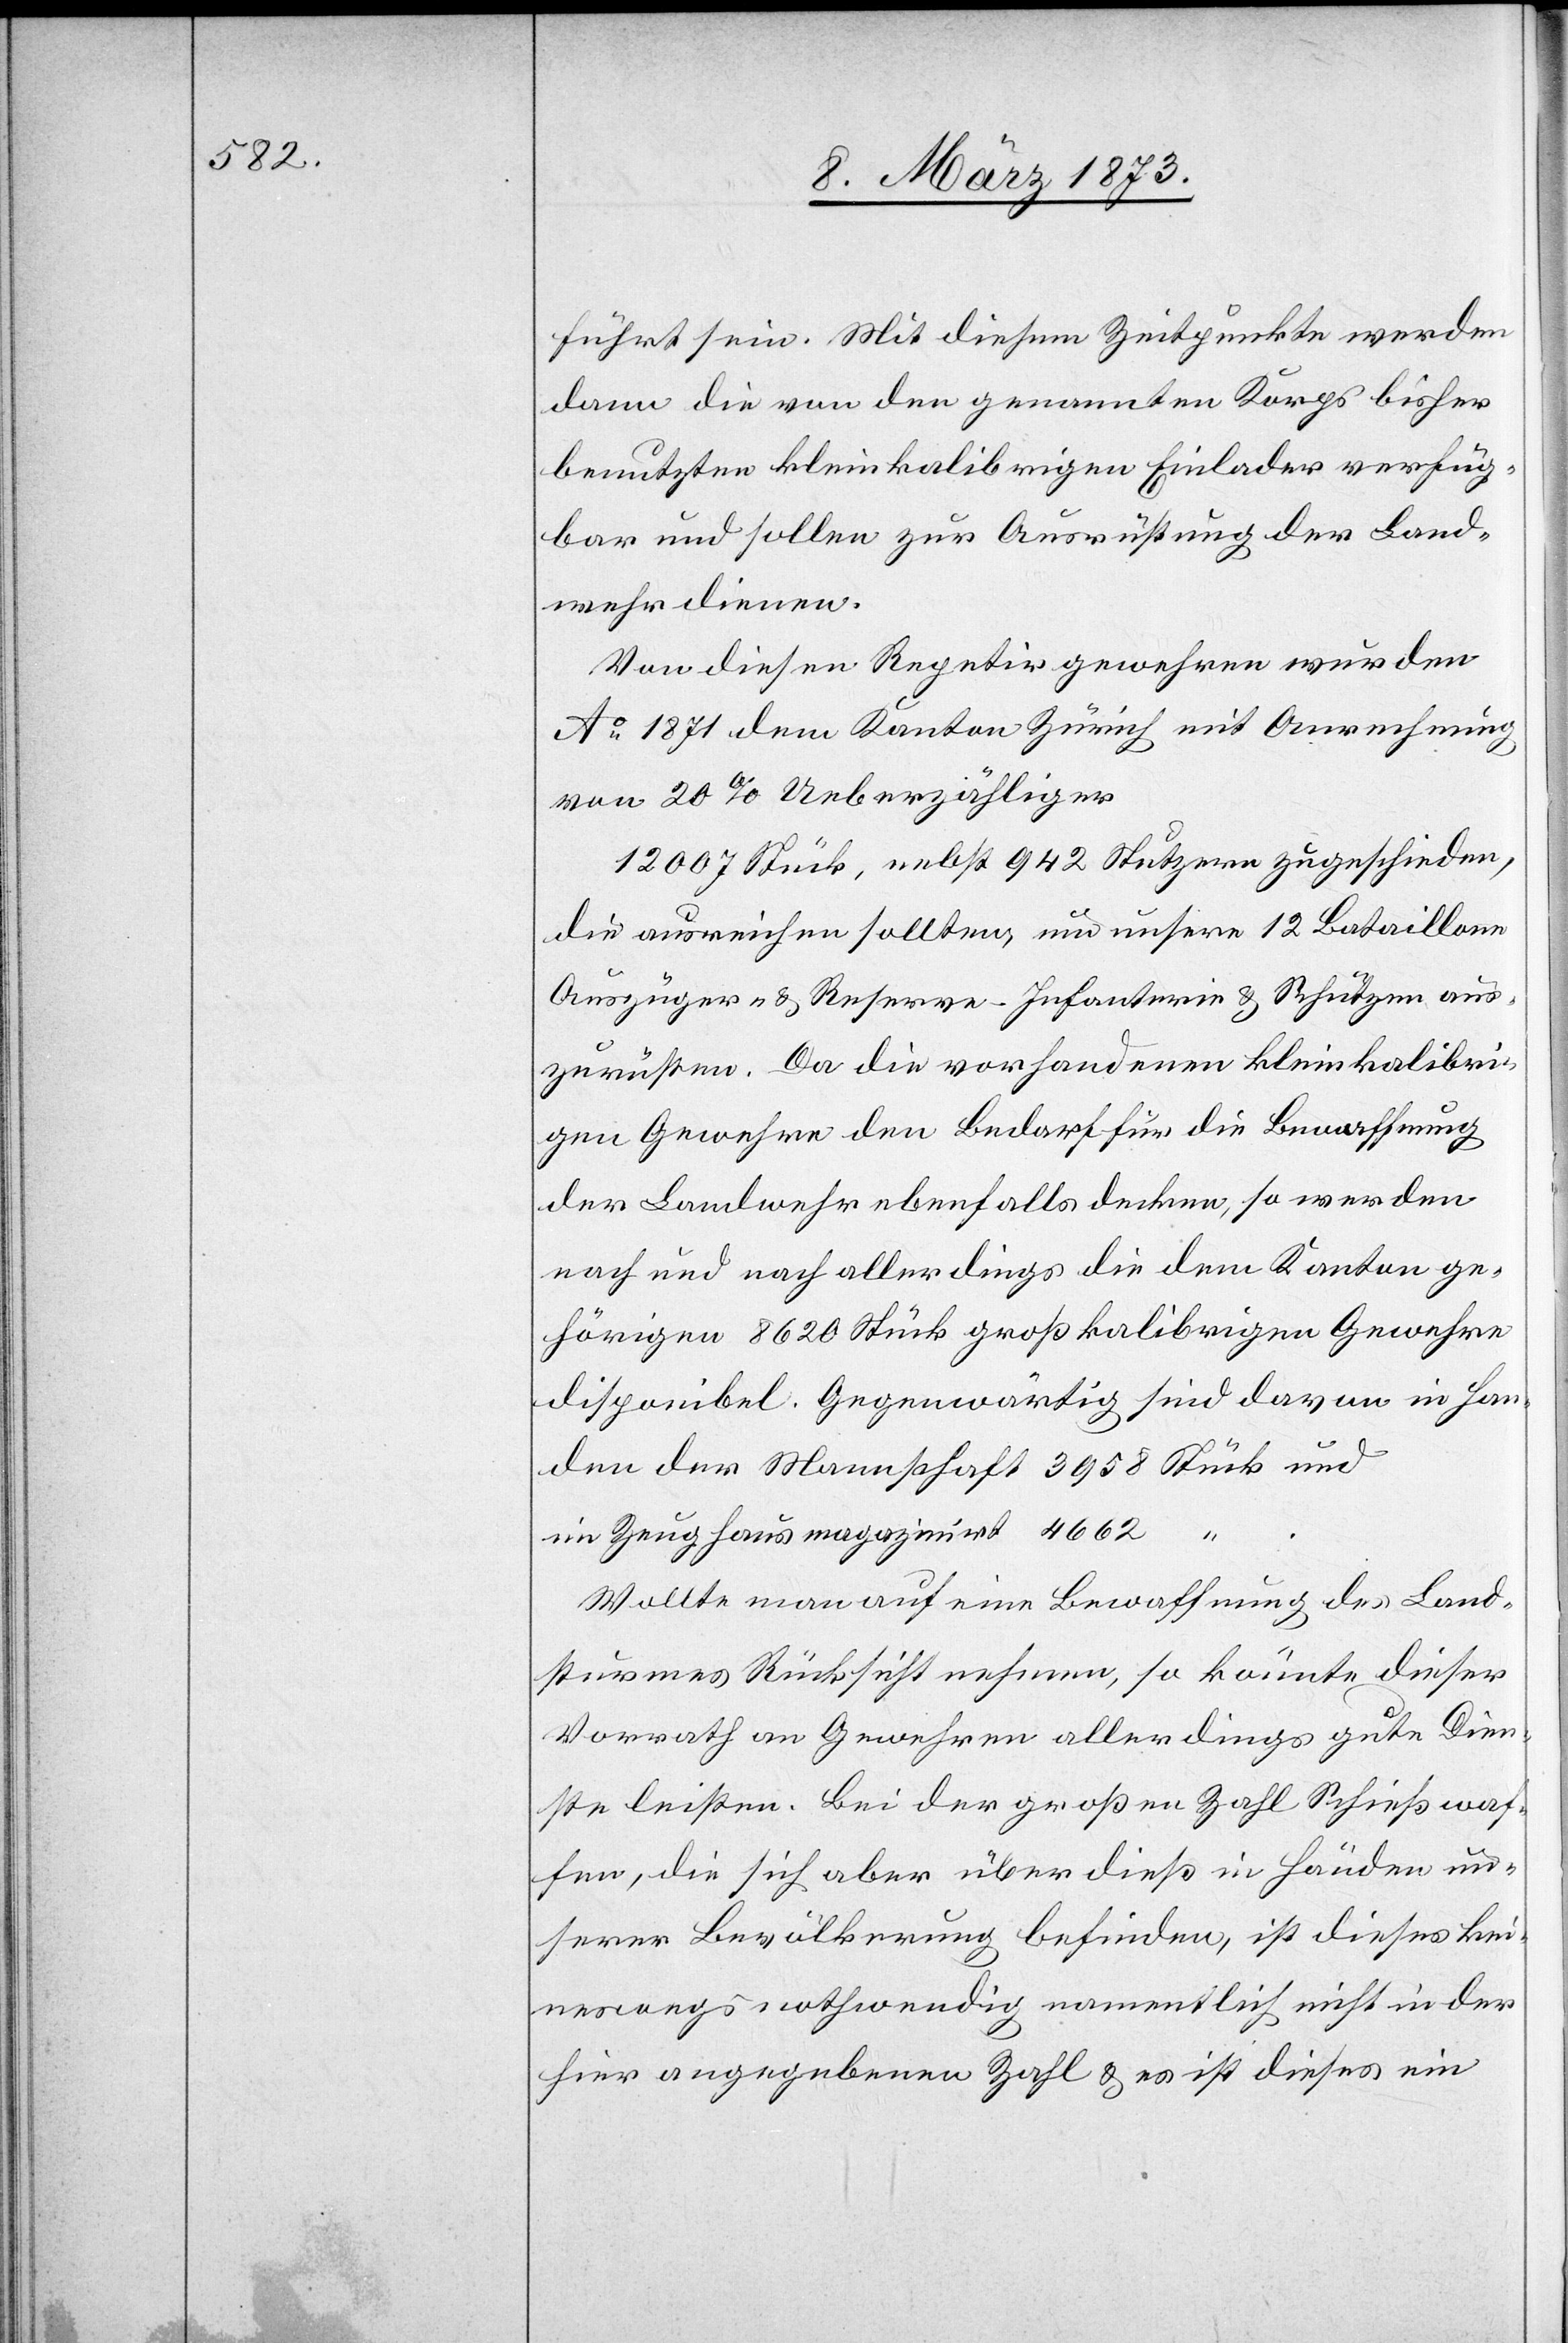
führt sein. Mit diesem Zeitpunkte werden
dann die von den genannten Korps bisher
benutzten kleinkalibrigen Einlader verfüg¬
bar und sollen zur Ausrüstung der Land¬
wehr dienen.
Von diesen Repetirgewehren wurden
Ao 1871 dem Kanton Zürich mit Anrechnung
von 20% Ueberzähliger
12 007 Stück, nebst 942 Stutzern zugeschieden,
die ausreichen sollten, um unsere 12 Bataillone[,]
Auszüger- u. Reserve-Infanterie u. Schützen aus¬
zurüsten. Da die vorhandenen kleinkalibri¬
gen Gewehre den Bedarf für die Bewaffnung
der Landwehr ebenfalls decken, so werden
nach und nach allerdings die dem Kanton ge¬
hörigen 8620 Stück großkalibrigen Gewehre
disponibel. Gegenwärtig sind davon in Han¬
den der Mannschaft 3958 Stück und
im Zeughaus magazinirt 4662
Wollte man auf eine Bewaffnung des Land¬
sturmes Rücksicht nehmen, so könnte dieser
Vorrath an Gewehren allerdings gute Dien¬
ste leisten. Bei der großen Zahl Schießwaf¬
fen, die sich aber überdieß in Händen un¬
serer Bevölkerung befinden, ist dieses kei¬
neswegs nothwendig namentlich nicht in der
hier angegebenen Zahl u. es ist dieses ein